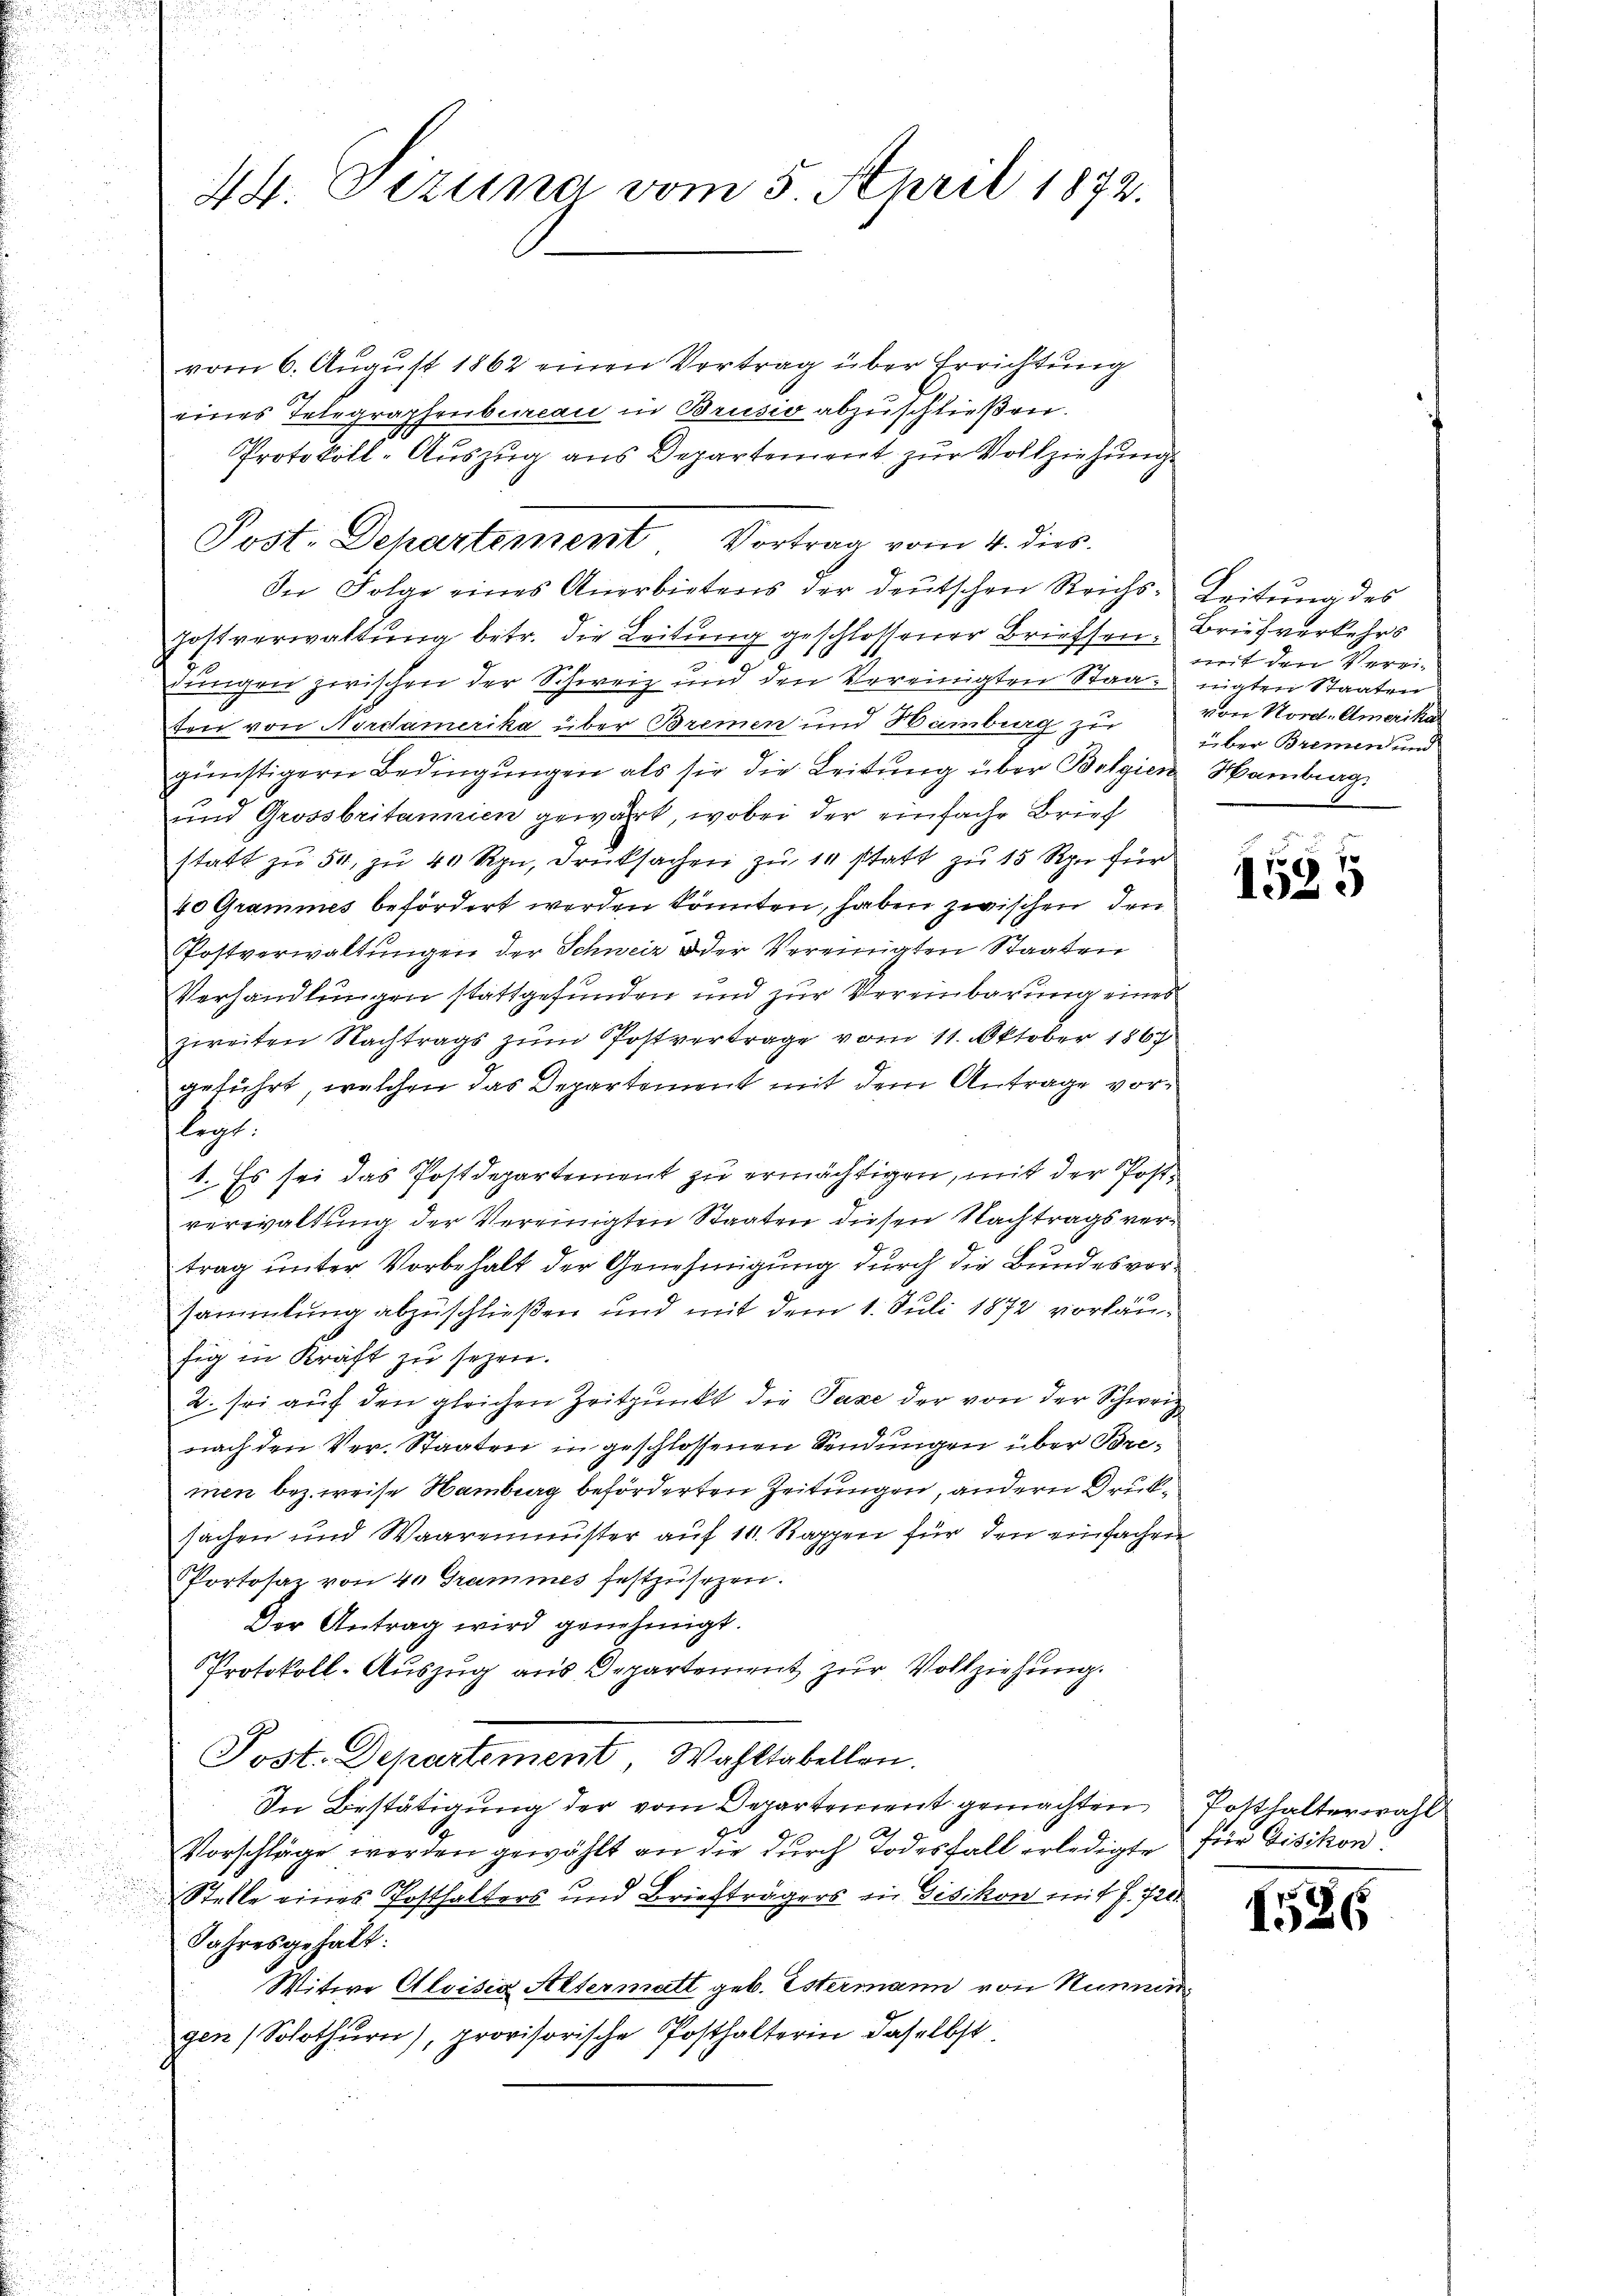
vom 6. August 1862 einen Vertrag über Errichtung
eines Telegraphenbureau in Brusio abzuschließen.
Protokoll-Auszug aus Departement zur Vollziehung.
In Folge eines Anerbietens der deŭtschen Reichs- Leitŭng des
Jostverwaltung betr. die Leitung geschlossener Brieffen¬
.
.
dungen zwischen der Schweiz und den Vereinigten Staat nigten Staaten
ten von Nordamerika über Bremen und Hainburg zu
günstigern Bedingungen als sie die Leitung über Bolgien Hamburg.
und Grossbritannien gewahrt, wobei der einfache Brief
statt zu 54, zu 40 Rpn, Drucksachen zu 10 statt zu 15 Rpn. für
40 Grammes befördert werden könnten, haben zwischen drei
Postverwaltungen der Schweiz oder Vereinigten Staaten
Verhandlungen stattgefunden und zur Vereinbarung eines
zweiten Nachtrags zum Postvertrage vom 11. Oktober 1867
geführt, welchen das Departement mit dem Antrage vorlegt.
1. Es sei das Postdepartement zu ermächtigen, mit der Postverwaltung der Vereinigten Staaten diesen Nachtrags vertrag unter Vorbehalt der Genehmigung durch die Bundesvorsammlung abzuschließen und mit dem 1. Juli 1872 vorläufig in Kraft zu sehen.
2. sei auf den gleichen Zeitpunkt die Taxe der von der Schweiz
nach den Ver- Staaten in geschlossenen Sendungen über Bremen bezweise Hamberg beförderten Zeitungen, andern Druksachen und Waaremuster auf 10. Rappen für den einfachen
Portosaz von 40 Grammes festzusezen.
Der Antrag wird genehmigt.
Protokoll-Auszug aus Departement zur Vollziehung.
Post. Departement, Wahltabellen.
In Bestätigung der vom Departement gemachten
Vorschläge worden gewählt an die durch Todesfall erledigte für Gisikon
.
Stelle eines Posthalters und Briefträgers in Gisikon mit Z. 720.
Jahresgehalt:
Witwe Aloisia Altermatt geb. Estermann von Nummer
gen (Solothurn, provisorische Posthalterin daselbst

44. Dezuna vom 5. April 1872.

Post. Departement. Vortrag vom 4. ds.

Brief verkehrs
mit den Vereivon Nord-Amerikas
über Bremen und

1525

Posthalterwahl

1526